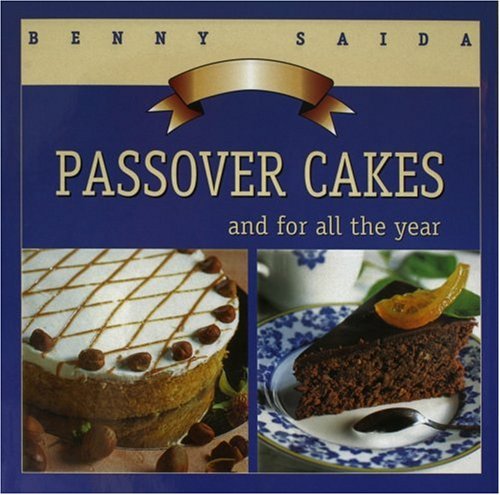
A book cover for Passover Cakes: And For All the Year; Benny Saida; Cookbooks, Food & Wine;